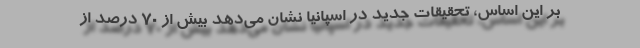
بر این اساس، تحقیقات جدید در اسپانیا نشان می‌دهد بیش از ۷۰ درصد از